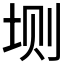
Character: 𫭮